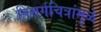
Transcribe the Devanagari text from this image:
निसर्गचित्रांमुळे